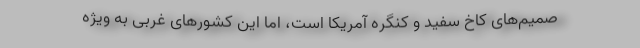
صمیم‌های کاخ سفید و کنگره آمریکا است، اما این کشورهای غربی به‌ ویژه